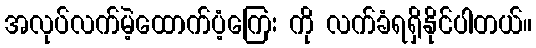
အလုပ်လက်မဲ့ထောက်ပံ့ကြေး ကို လက်ခံရရှိနိုင်ပါတယ်။